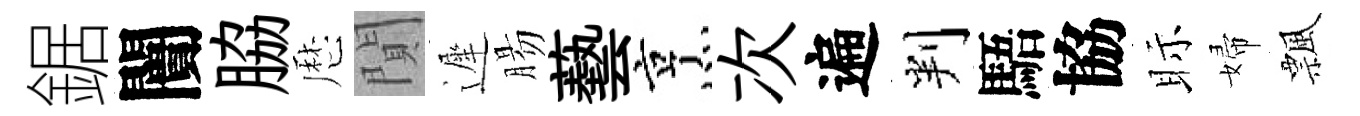
鋸闠脇厯閴遲腸藝烹次遍判䮏協眎婦飄